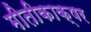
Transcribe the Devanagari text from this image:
मीतीकाक्षर